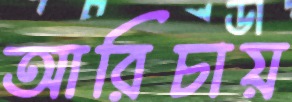
আরিচায়